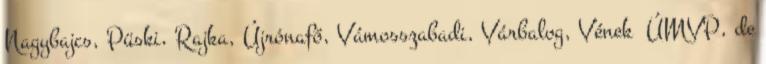
Nagybajcs, Püski, Rajka, Újrónafő, Vámosszabadi, Várbalog, Vének ▪ÚMVP, de